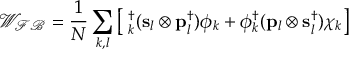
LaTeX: { \mathcal { W _ { F B } } } = \frac { 1 } { N } \sum _ { k , l } \left[ { \bf { \chi } } _ { k } ^ { \dag } ( { \bf { s } } _ { l } \otimes { \bf { p } } _ { l } ^ { \dag } ) \phi _ { k } + \phi _ { k } ^ { \dag } ( { \bf { p } } _ { l } \otimes { \bf { s } } _ { l } ^ { \dag } ) \chi _ { k } \right]